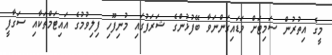
މީގެ އިތުރުން ސަމިޓަށް ވަޑައިގަންނަވާ ބޭފުޅުންގެ ޝަރަފުގައި މުނިފޫހި ފިލިވުމުގެ އައިޓަމްތަކާއި ސަގާފީ